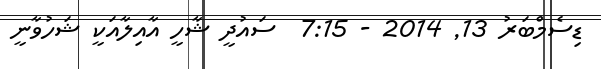
ޑިސެމްބަރު 13